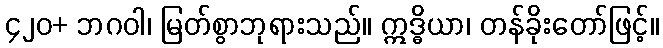
၄၂၀+ ဘဂဝါ၊ မြတ်စွာဘုရားသည်။ ဣဒ္ဓိယာ၊ တန်ခိုးတော်ဖြင့်။